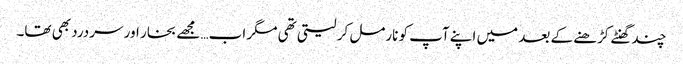
چند گھنٹے کڑھنے کے بعد میں اپنے آپ کو نارمل کر لیتی تھی مگر اب… مجھے بخار اور سردرد بھی تھا۔